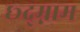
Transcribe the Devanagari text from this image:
छ्द्म्नाम